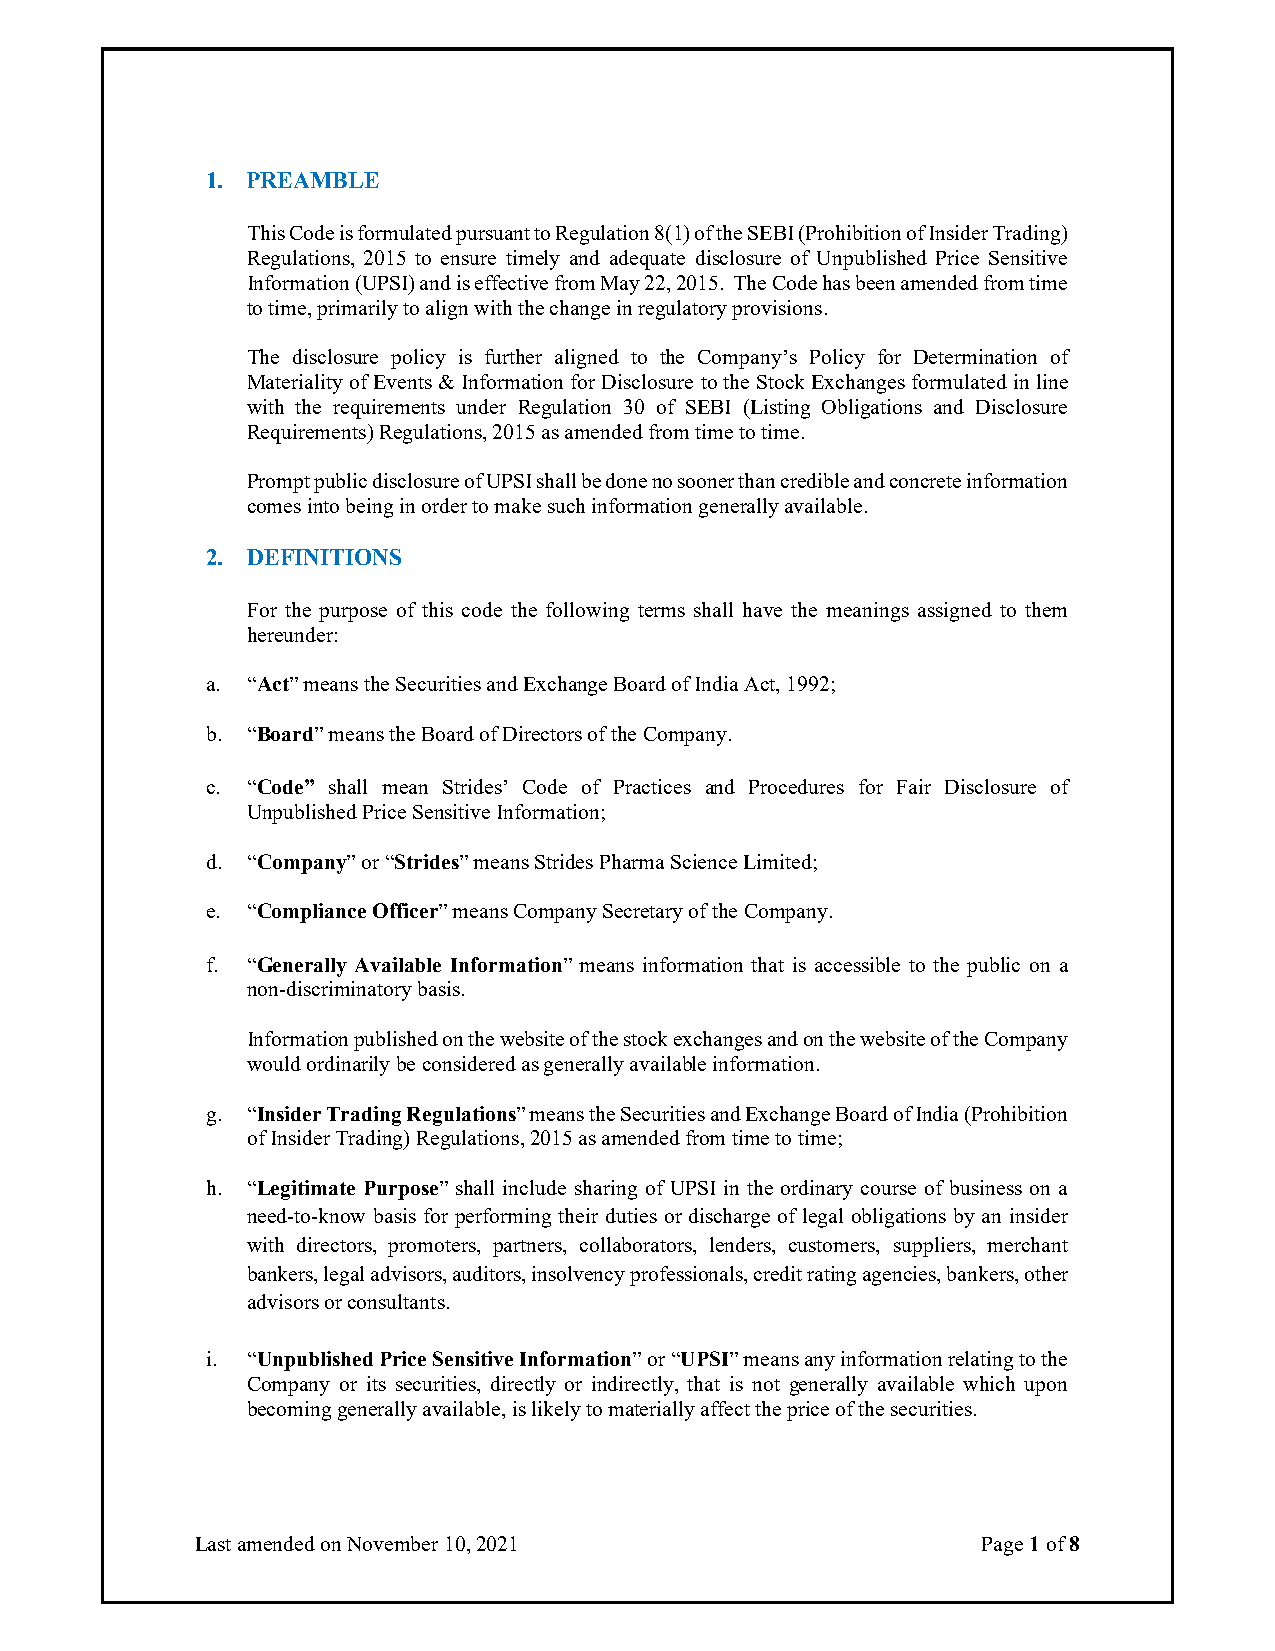
1. PREAMBLE
 This Code is formulated pursuant to Regulation 8(1) of the SEBI (Prohibition of Insider Trading)
 Regulations, 2015 to ensure timely and adequate disclosure of Unpublished Price Sensitive
 Information (UPSI) and is effective from May 22, 2015. The Code has been amended from time
 to time, primarily to align with the change in regulatory provisions.
 The disclosure policy is further aligned to the Company’s Policy for Determination of
 Materiality of Events & Information for Disclosure to the Stock Exchanges formulated in line
 with the requirements under Regulation 30 of SEBI (Listing Obligations and Disclosure
 Requirements) Regulations, 2015 as amended from time to time.
 Prompt public disclosure of UPSI shall be done no sooner than credible and concrete information
 comes into being in order to make such information generally available.
 2. DEFINITIONS
 For the purpose of this code the following terms shall have the meanings assigned to them
 hereunder:
 a. “Act” means the Securities and Exchange Board of India Act, 1992;
 b. “Board” means the Board of Directors of the Company.
 c. “Code” shall mean Strides’ Code of Practices and Procedures for Fair Disclosure of
 Unpublished Price Sensitive Information;
 d. “Company” or “Strides” means Strides Pharma Science Limited;
 e. “Compliance Officer” means Company Secretary of the Company.
 f. “Generally Available Information” means information that is accessible to the public on a
 non-discriminatory basis.
 Information published on the website of the stock exchanges and on the website of the Company
 would ordinarily be considered as generally available information.
 g. “Insider Trading Regulations” means the Securities and Exchange Board of India (Prohibition
 of Insider Trading) Regulations, 2015 as amended from time to time;
 h. “Legitimate Purpose” shall include sharing of UPSI in the ordinary course of business on a
 need-to-know basis for performing their duties or discharge of legal obligations by an insider
 with directors, promoters, partners, collaborators, lenders, customers, suppliers, merchant
 bankers, legal advisors, auditors, insolvency professionals, credit rating agencies, bankers, other
 advisors or consultants.
 i. “Unpublished Price Sensitive Information” or “UPSI” means any information relating to the
 Company or its securities, directly or indirectly, that is not generally available which upon
 becoming generally available, is likely to materially affect the price of the securities.
 Last amended on November 10, 2021                   Page 1 of 8